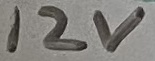
Text: 12V